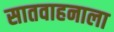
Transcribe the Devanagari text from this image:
सातवाहनाला